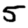
Digit: 5